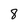
Character: 8